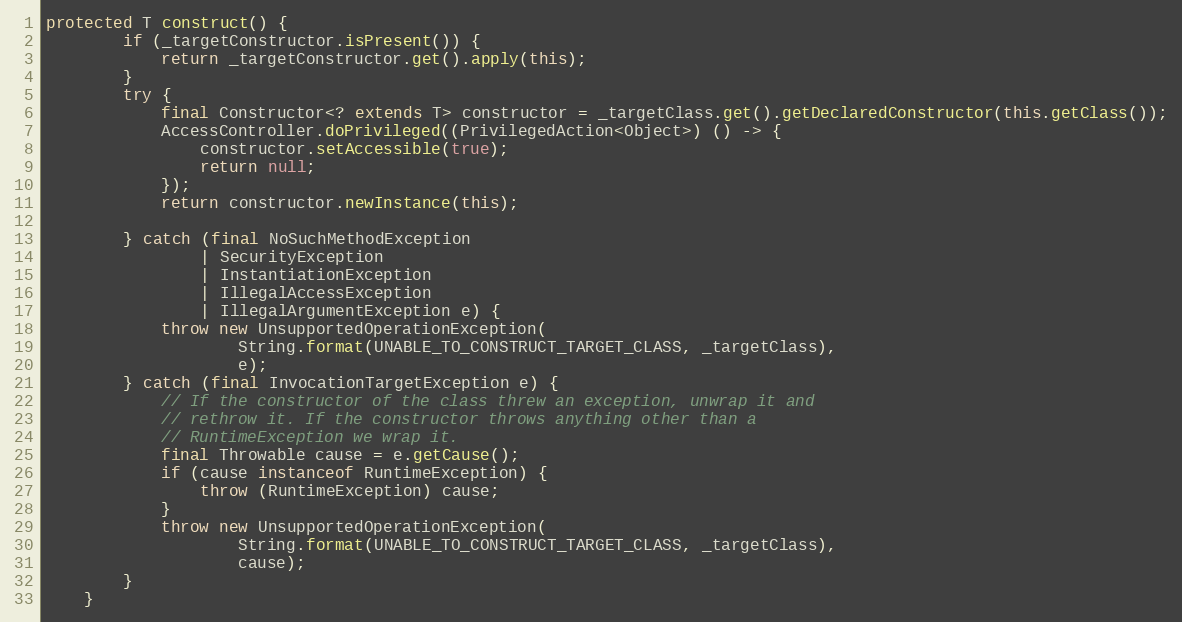
Language: Java
protected T construct() {
        if (_targetConstructor.isPresent()) {
            return _targetConstructor.get().apply(this);
        }
        try {
            final Constructor<? extends T> constructor = _targetClass.get().getDeclaredConstructor(this.getClass());
            AccessController.doPrivileged((PrivilegedAction<Object>) () -> {
                constructor.setAccessible(true);
                return null;
            });
            return constructor.newInstance(this);

        } catch (final NoSuchMethodException
                | SecurityException
                | InstantiationException
                | IllegalAccessException
                | IllegalArgumentException e) {
            throw new UnsupportedOperationException(
                    String.format(UNABLE_TO_CONSTRUCT_TARGET_CLASS, _targetClass),
                    e);
        } catch (final InvocationTargetException e) {
            // If the constructor of the class threw an exception, unwrap it and
            // rethrow it. If the constructor throws anything other than a
            // RuntimeException we wrap it.
            final Throwable cause = e.getCause();
            if (cause instanceof RuntimeException) {
                throw (RuntimeException) cause;
            }
            throw new UnsupportedOperationException(
                    String.format(UNABLE_TO_CONSTRUCT_TARGET_CLASS, _targetClass),
                    cause);
        }
    }